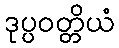
ဒုပ္ပဝတ္တိယံ